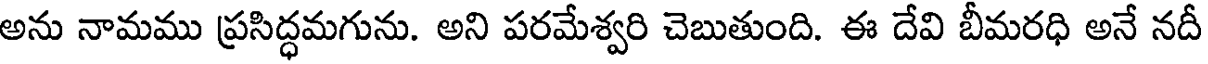
అను నామము ప్రసిద్ధమగును. అని పరమేశ్వరి చెబుతుంది. ఈ దేవి బీమరధి అనే నదీ